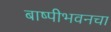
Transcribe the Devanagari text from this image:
बाष्पीभवनचा